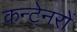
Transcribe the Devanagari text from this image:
कन्टेनरों